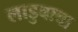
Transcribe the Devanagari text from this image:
लाडुबाबा